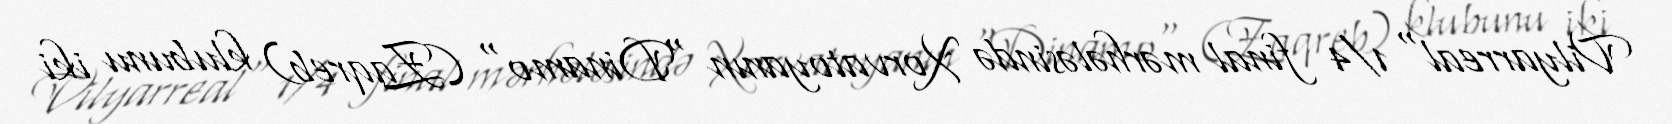
Vilyarreal" 1/4 final mərhələsində Xorvatoyanın "Dinamo" (Zaqreb) klubunu iki